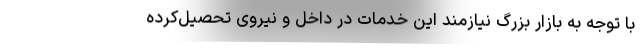
با توجه به بازار بزرگ نیازمند این خدمات در داخل و نیروی تحصیل‌کرده